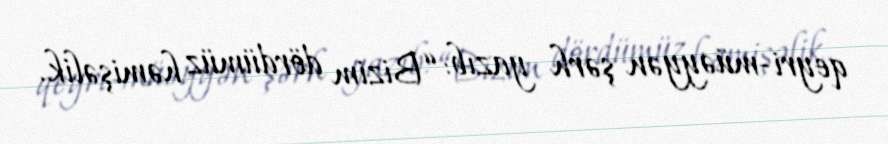
qeyri-müəyyən şərh yazıb: “Bizim dördümüz həmişəlik.